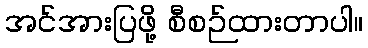
အင်အားပြဖို့ စီစဉ်ထားတာပါ။